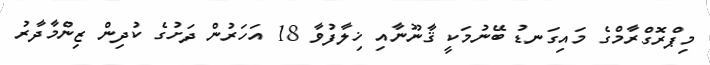
މިޕްރޮގްރާމްގެ މައިގަނޑު ބޭނުމަކީ ޤާނޫނާއި ޚިލާފުވާ 18 އަހަރުން ދަށުގެ ކުދިން ޒިންމާދާރު